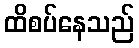
ထိစပ်နေသည်